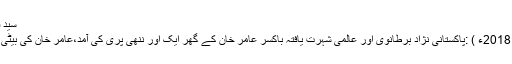
سید فاخر عباس منگل 24 اپریل 2018 20:17
لندن(اردو پوائنٹ تازہ ترین اخبار- 24اپریل 2018ء ) :پاکستانی نژاد برطانوی اور عالمی شہرت یافتہ باکسر عامر خان کے گھر ایک اور ننھی پری کی آمد،عامر خان کی بیٹی ساتھ سیلفی سوشل میڈیا پر وائرل ہونے لگی۔